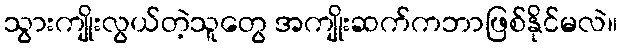
သွားကျိုးလွယ်တဲ့သူတွေ အကျိုးဆက်ကဘာဖြစ်နိုင်မလဲ။